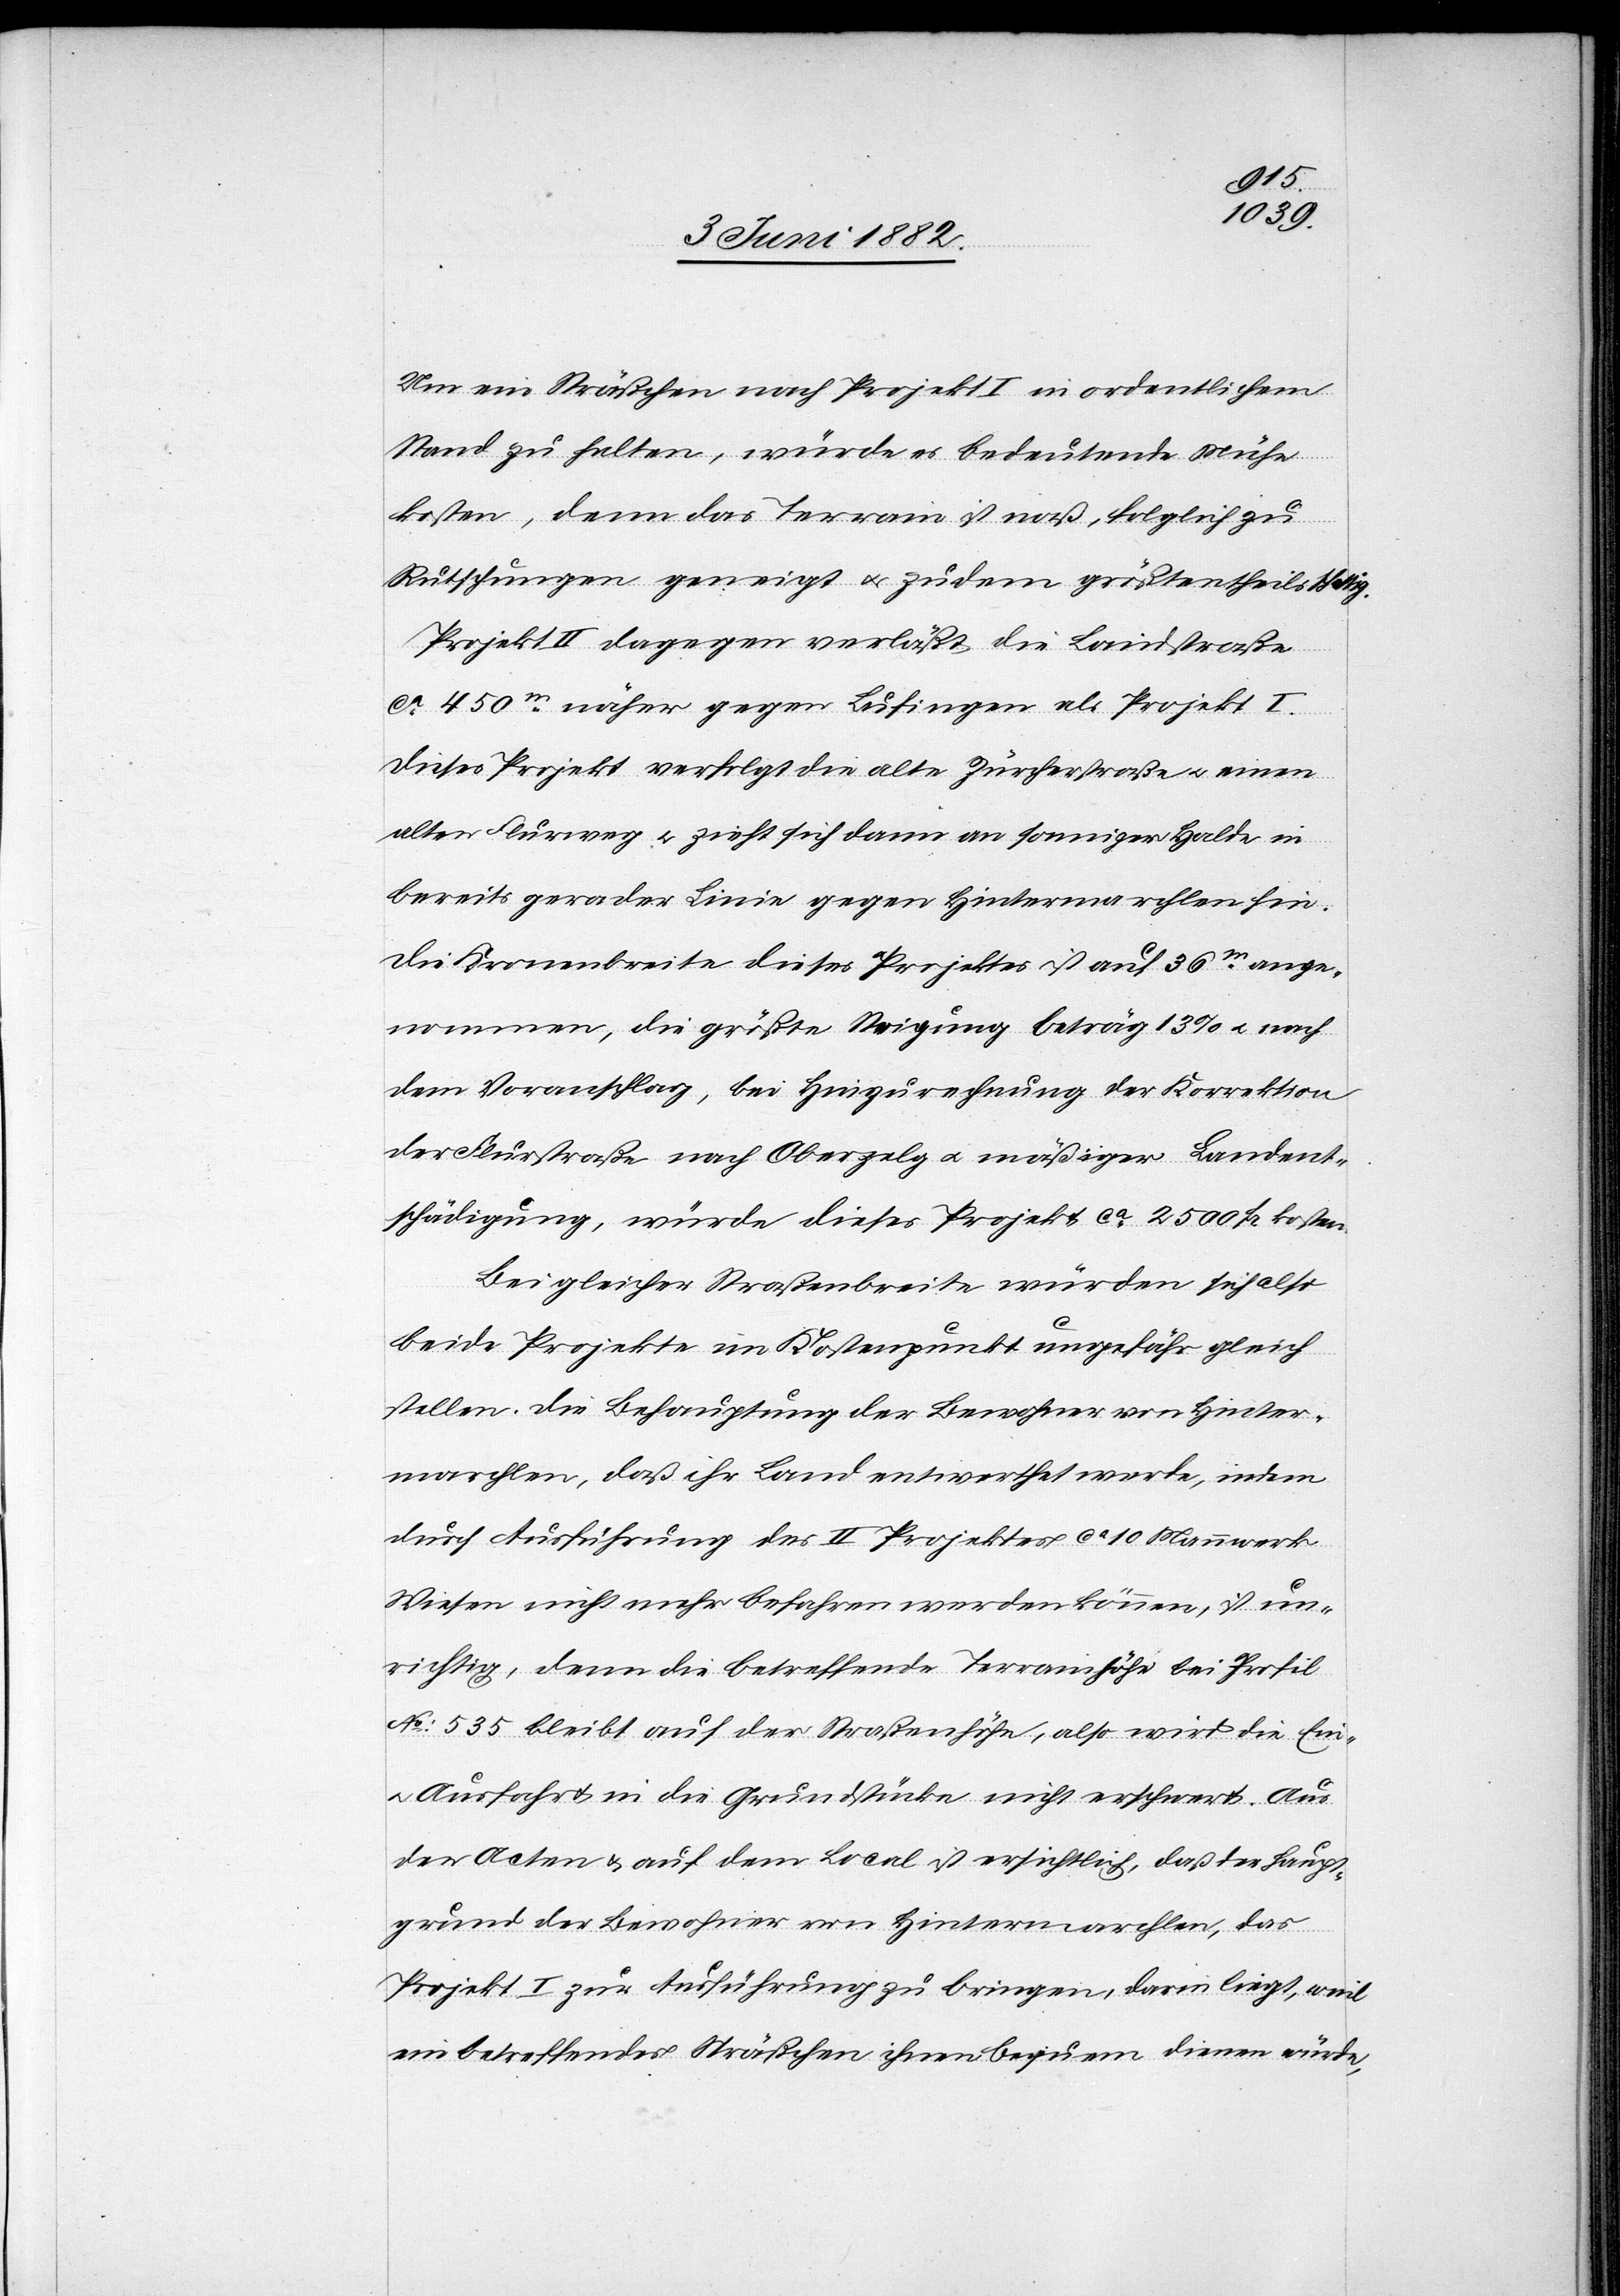
attig.
Um ein Sträßchen nach Projekt I in ordentlichem
Stand zu halten, würde es bedeutende Mühe
kosten, denn das Terrain ist naß, folglich zu
Rutschungen geneigt u. zudem größtentheils sch¬
Projekt II dagegen verläßt die Landstraße
ca 450m näher gegen Lufingen als Projekt I.
Dieses Projekt verfolgt die alte Zürcherstraße u. einen
alten Flurweg u. zieht sich dann an sonniger Halde in
bereits gerader Linie gegen Hintermarchlen hin.
Die Kronenbreite dieses Projektes ist auf 36m [recte:
angenommen, die größte Steigung beträgt 13% u. nach
dem Voranschlag, bei Hinzurechnung der Korrektion
der Flurstraße nach Oberzelg u. mäßiger Landent¬
schädigung, würde dieses Projekt ca 2500 Fr. kosten.
Bei gleicher Straßenbreite würden sich also
beide Projekte im Kostenpunkt ungefähr gleich
stellen. Die Behauptung der Bewohner von Hinter¬
marchlen, daß ihr Land entwerthet werde, indem
durch Ausführung des II. Projektes ca 10 Mannwerk
Wiesen nicht mehr befahren werden können, ist un¬
richtig, denn die betreffende Terrainhöhe bei Profil
No 535 bleibt auf der Straßenhöhe, also wird die Ein-
u. Ausfahrt in die Grundstücke nicht erschwert. Aus
den Acten & auf dem Local ist ersichtlich, daß der Haupt¬
grund der Bewohner von Hintermarchlen, das
Projekt I zur Ausführung zu bringen, darin liegt, weil
ein betreffendes Sträßchen ihnen bequem dienen würde,